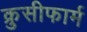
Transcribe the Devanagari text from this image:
क्रुसीफार्म